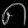
Digit: ၈